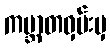
ကမ္ဘာတဝှမ်းမှ